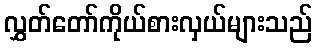
လွှတ်တော်ကိုယ်စားလှယ်များသည်